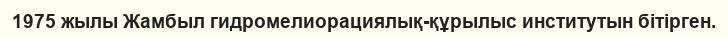
1975 жылы Жамбыл гидромелиорациялық-құрылыс институтын бітірген.